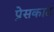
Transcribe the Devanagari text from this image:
प्रेसकाट